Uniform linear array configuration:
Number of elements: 48
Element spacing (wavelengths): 0.5
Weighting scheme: exponential
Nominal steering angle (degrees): -15
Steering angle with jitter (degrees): -16.382
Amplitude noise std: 0.05
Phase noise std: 0.05

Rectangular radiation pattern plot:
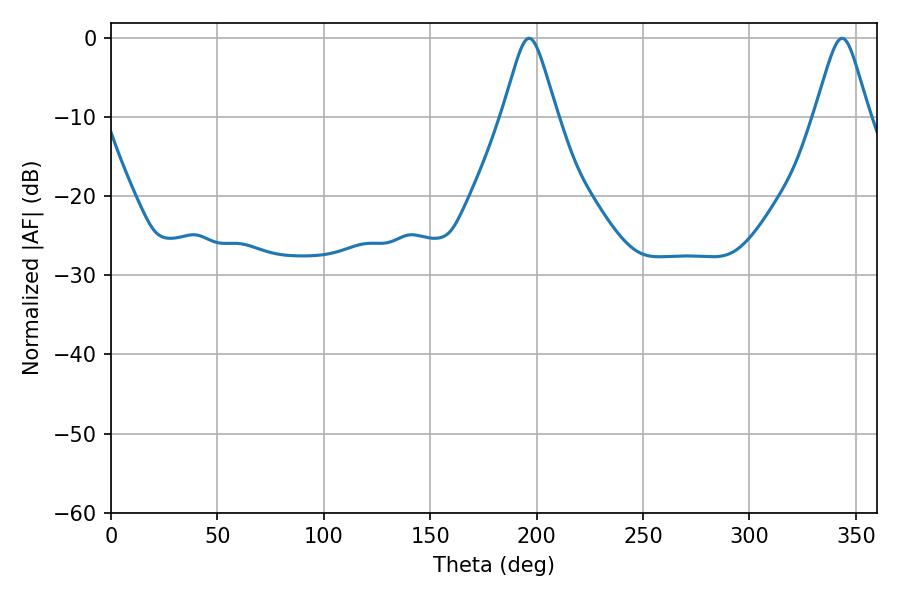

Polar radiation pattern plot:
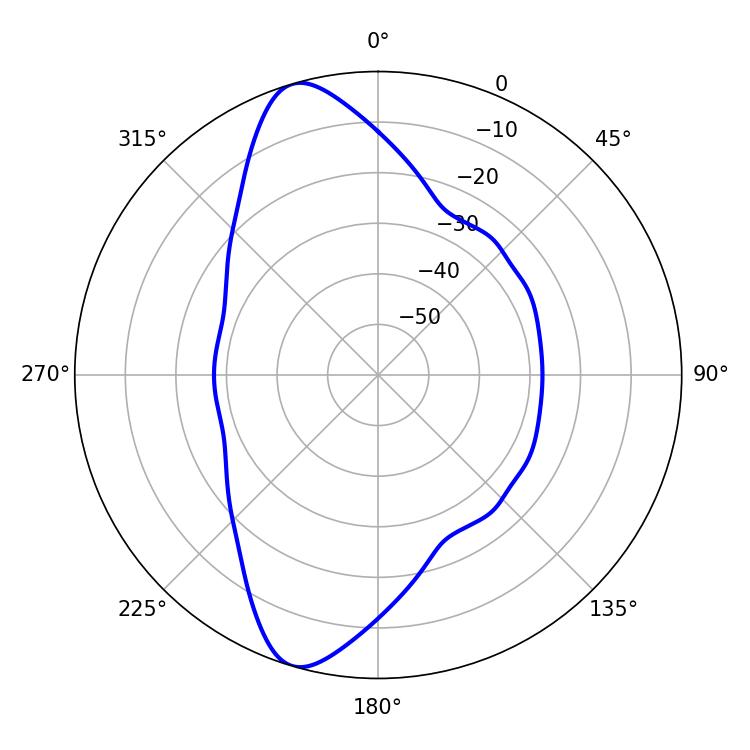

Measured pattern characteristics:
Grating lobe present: FALSE
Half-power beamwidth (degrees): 12.24
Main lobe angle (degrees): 196.38